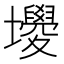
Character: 𡓻